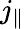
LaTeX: j_{\| }